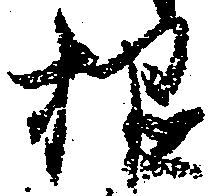
根